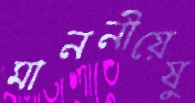
মাননীয়েষু